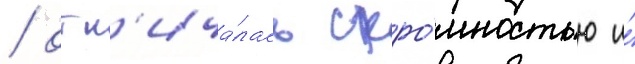
/ отл'ича́лась скро́мностью и́